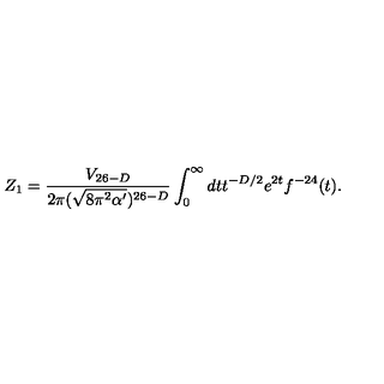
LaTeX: Z _ { 1 } = \frac { V _ { 2 6 - D } } { 2 \pi ( \sqrt { 8 \pi ^ { 2 } \alpha ^ { \prime } } ) ^ { 2 6 - D } } \int _ { 0 } ^ { \infty } d t t ^ { - D / 2 } e ^ { 2 t } f ^ { - 2 4 } ( t ) .